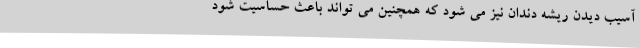
آسیب دیدن ریشه دندان نیز می شود که همچنین می تواند باعث حساسیت شود